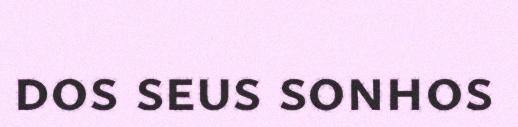
dos seus sonhos